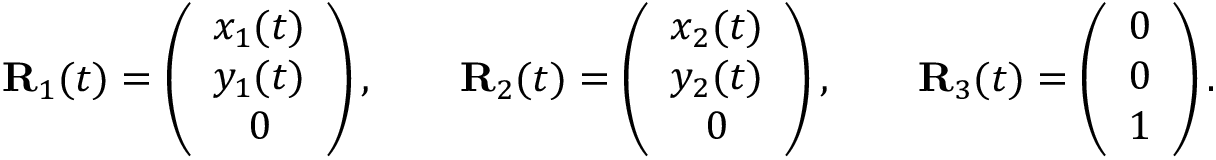
\begin{array} { r } { { \bf R } _ { 1 } ( t ) = \left( \begin{array} { c } { x _ { 1 } ( t ) } \\ { y _ { 1 } ( t ) } \\ { 0 } \end{array} \right) , \qquad { \bf R } _ { 2 } ( t ) = \left( \begin{array} { c } { x _ { 2 } ( t ) } \\ { y _ { 2 } ( t ) } \\ { 0 } \end{array} \right) , \qquad { \bf R } _ { 3 } ( t ) = \left( \begin{array} { c } { 0 } \\ { 0 } \\ { 1 } \end{array} \right) . } \end{array}